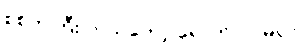
စစ်ကဲကြီး ဘယ်တော့ ရောက်လာမလဲ